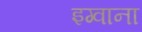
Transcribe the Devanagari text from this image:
इग्वाना